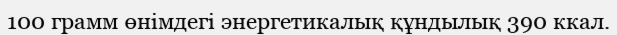
100 грамм өнімдегі энергетикалық құндылық 390 ккал.